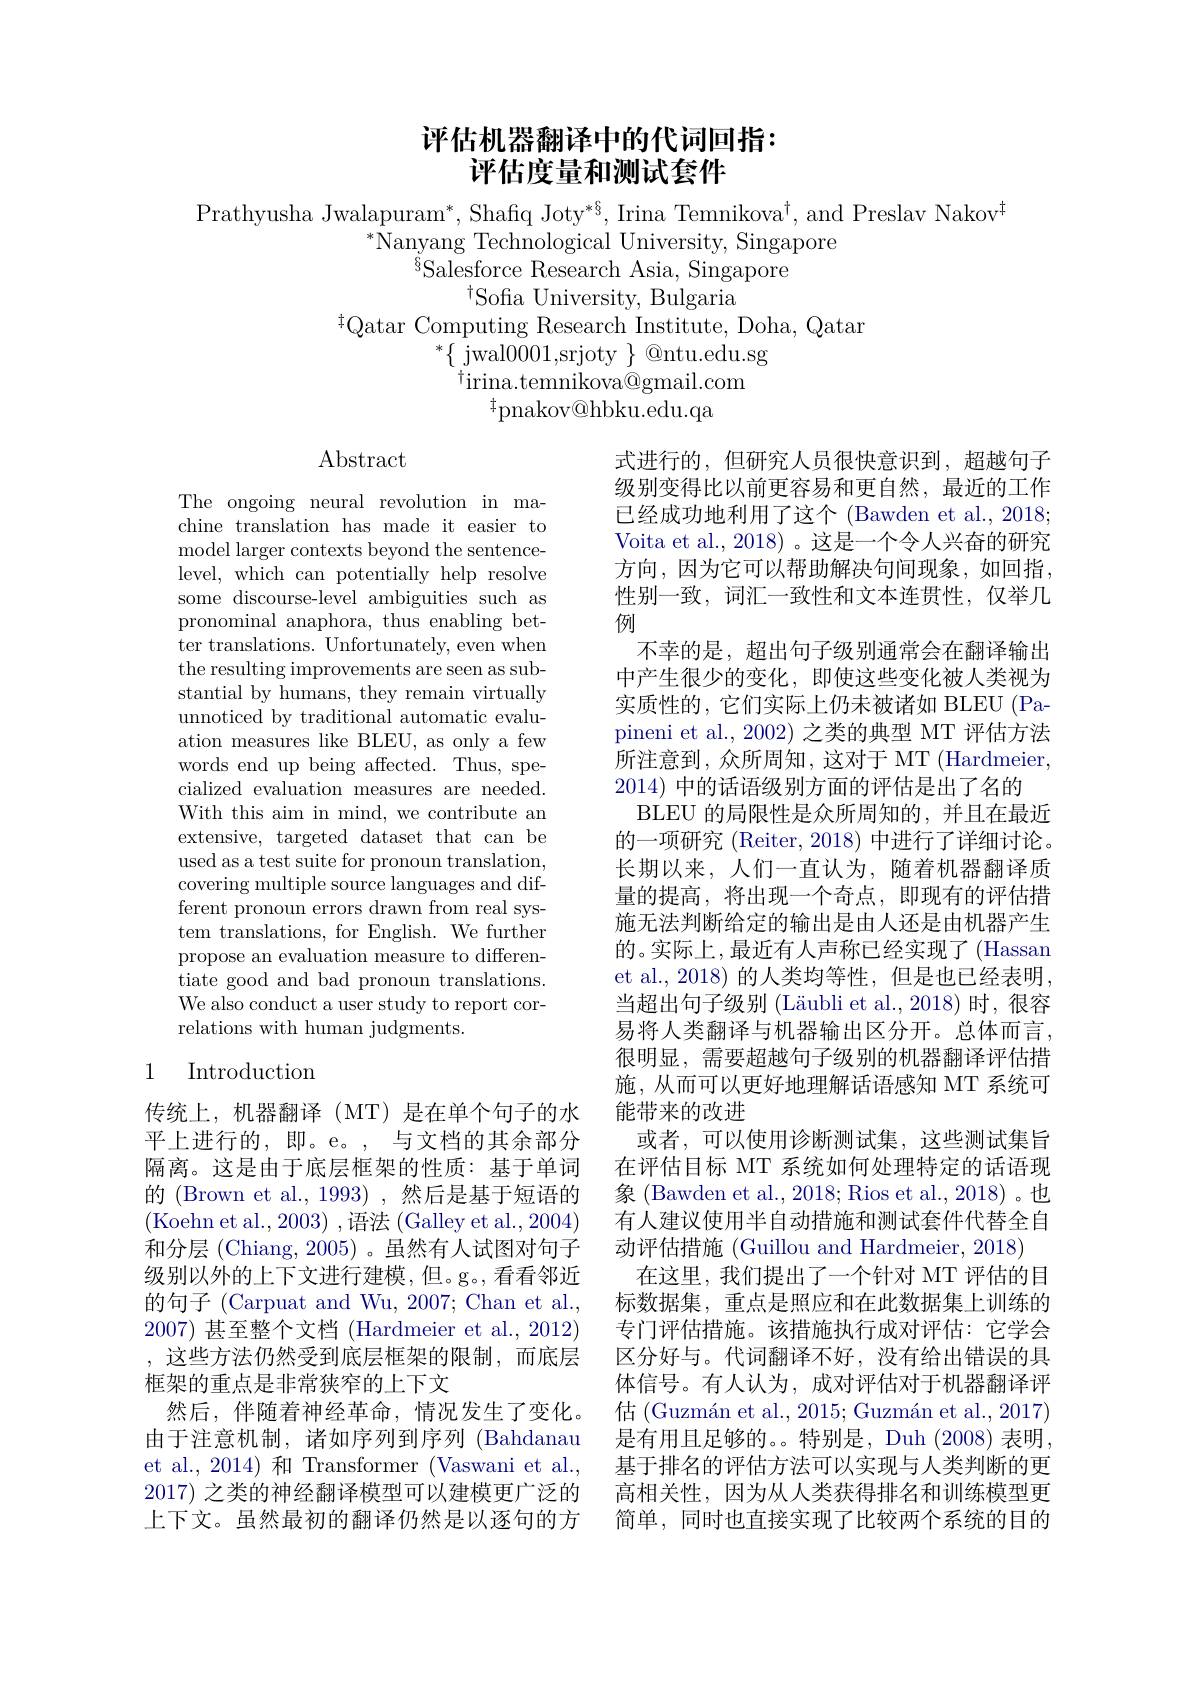
# 评估机器翻译中的代词回指： 评估度量和测试套件

Prathyusha Jwalapuram*, Shafiq Joty*§, Irina Temnikova$^\dagger$, and Preslav Nakov$^{\dagger}$
$^{*}\bar{\mathrm{Nanyang~Technological~University,~Singapore}}$
${}^{\breve{8}}$Salesforce Research Asia, Singapore
$^{\dagger}$Sofia University, Bulgaria
$^{\dagger}$Qatar Computing Research Institute, Doha, Qatar
$^*\{$ jwal0001,srjoty $\}$ @ntu.edu.sg
$^{\dagger}$irina.temnikova@gmail.com
$^{\dagger}$pnakov@hbku.edu.qa

$\operatorname{Abstract}$

The ongoing neural revolution in machine translation has made it easier to model larger contexts beyond the sentencelevel, which can potentially help resolve some discourse-level ambiguities such as pronominal anaphora, thus enabling better translations. Unfortunately, even when the resulting improvements are seen as substantial by humans, they remain virtually unnoticed by traditional automatic evaluation measures like BLEU, as only a few words end up being affected. Thus, specialized evaluation measures are needed. With this aim in mind, we contribute an extensive, targeted dataset that can be used as a test suite for pronoun translation, covering multiple source languages and different pronoun errors drawn from real system translations, for English. We further propose an evaluation measure to differentiate good and bad pronoun translations. We also conduct a user study to report correlations with human judgments.

式进行的，但研究人员很快意识到，超越句子级别变得比以前更容易和更自然，最近的工作已经成功地利用了这个 (Bawden et al., 2018; Voita et al., 2018) 。这是一个令人兴奋的研究方向，因为它可以帮助解决句间现象，如回指， 性别一致，词汇一致性和文本连贯性，仅举几例
不幸的是，超出句子级别通常会在翻译输出中产生很少的变化，即使这些变化被人类视为实质性的，它们实际上仍未被诸如 BLEU (Papineni et al., 2002) 之类的典型 MT 评估方法所注意到，众所周知，这对于 MT (Hardmeier, 2014) 中的话语级别方面的评估是出了名的
BLEU 的局限性是众所周知的，并且在最近的一项研究 (Reiter, 2018) 中进行了详细讨论。长期以来，人们一直认为，随着机器翻译质量的提高，将出现一个奇点，即现有的评估措施无法判断给定的输出是由人还是由机器产生的。实际上，最近有人声称已经实现了(Hassan et al., 2018) 的人类均等性，但是也已经表明， 当超出句子级别 (Läubli et al.,2018) 时，很容易将人类翻译与机器输出区分开。总体而言， 很明显，需要超越句子级别的机器翻译评估措施，从而可以更好地理解话语感知 MT 系统可能带来的改进
或者，可以使用诊断测试集，这些测试集旨在评估目标 MT 系统如何处理特定的话语现象 (Bawden et al., 2018; Rios et al., 2018) 。也有人建议使用半自动措施和测试套件代替全自动评估措施 (Guillou and Hardmeier, 2018)
在这里，我们提出了一个针对 MT 评估的目标数据集，重点是照应和在此数据集上训练的专门评估措施。该措施执行成对评估：它学会区分好与。代词翻译不好，没有给出错误的具体信号。有人认为，成对评估对于机器翻译评估 (Guzmán et al., 2015; Guzmán et al., 2017) 是有用且足够的。。特别是，Duh (2008) 表明基于排名的评估方法可以实现与人类判断的更高相关性，因为从人类获得排名和训练模型更简单，同时也直接实现了比较两个系统的目的

## 1 Introduction

传统上，机器翻译(MT)是在单个句子的水平上进行的，即。e。,与文档的其余部分隔离。这是由于底层框架的性质：基于单词的 (Brown et al., 1993) ,然后是基于短语的(Koehn et al.,2003) ,语法 (Galley et al.,2004) 和分层 (Chiang, 2005) 。虽然有人试图对句子级别以外的上下文进行建模，但。g。,看看邻近的句子 (Carpuat and Wu, 2007; Chan et al., 2007)甚至整个文档 (Hardmeier et al., 2012) , 这些方法仍然受到底层框架的限制，而底层框架的重点是非常狭窄的上下文
然后，伴随着神经革命，情况发生了变化。由于注意机制，诸如序列到序列 (Bahdanau et al., 2014) 和 Transformer (Vaswani et al., 2017) 之类的神经翻译模型可以建模更广泛的上下文。虽然最初的翻译仍然是以逐句的方